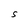
Character: S